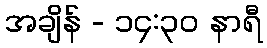
အချိန် - ၁၄:၃၀ နာရီ